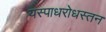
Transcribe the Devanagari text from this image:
यस्पाधरोधस्तन